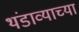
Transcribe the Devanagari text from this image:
थंडाव्याच्या